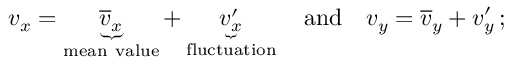
v _ { x } = \underbrace { { \overline { { v } } } _ { x } } _ { \mathrm { m e a n ~ v a l u e } } + \underbrace { v _ { x } ^ { \prime } } _ { \mathrm { f l u c t u a t i o n } } \quad { \mathrm { a n d } } \quad v _ { y } = { \overline { { v } } } _ { y } + v _ { y } ^ { \prime } \, ;